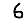
Digit: 6